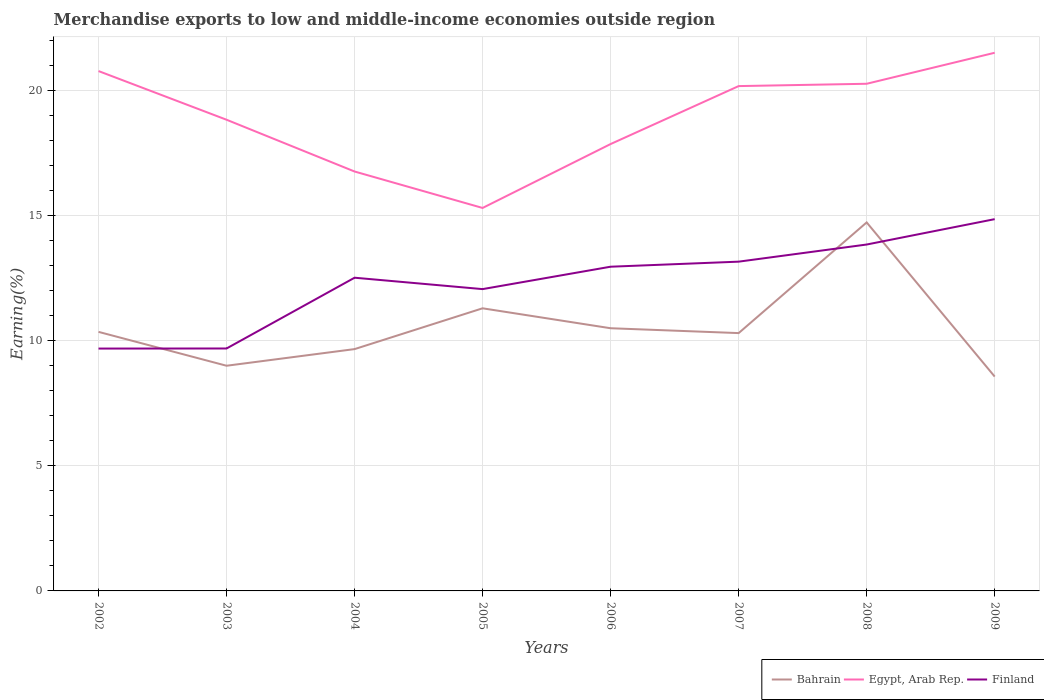
| Years | Bahrain | Egypt, Arab Rep. | Finland |
 | --- | --- | --- | --- |
 | 2002 | 10.4 | 20.8 | 9.69 |
 | 2003 | 9 | 18.8 | 9.69 |
 | 2004 | 9.67 | 16.8 | 12.5 |
 | 2005 | 11.3 | 15.3 | 12.1 |
 | 2006 | 10.5 | 17.9 | 13 |
 | 2007 | 10.3 | 20.2 | 13.2 |
 | 2008 | 14.7 | 20.3 | 13.8 |
 | 2009 | 8.57 | 21.5 | 14.9 |